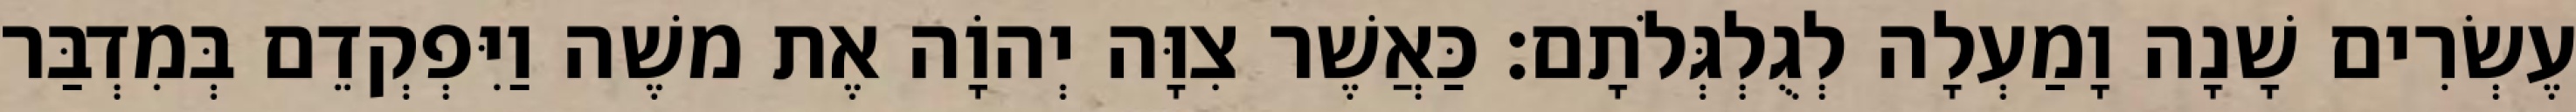
עֶשְׂרִים שָׁנָה וָמַעְלָה לְגֻלְגְּלֹתָם׃ כַּאֲשֶׁר צִוָּה יְהוָֹה אֶת משֶׁה וַיִּפְקְדֵם בְּמִדְבַּר